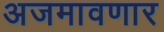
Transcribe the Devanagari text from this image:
अजमावणार